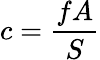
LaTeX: c={\frac{fA}{S}}